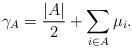
LaTeX: \begin{align*}\gamma_A=\frac{\rvert A\rvert}{2}+\sum_{i\in A} \mu_i.\end{align*}